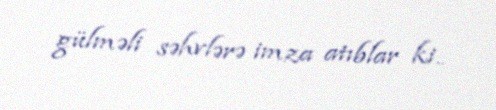
gülməli səhvlərə imza atıblar ki..